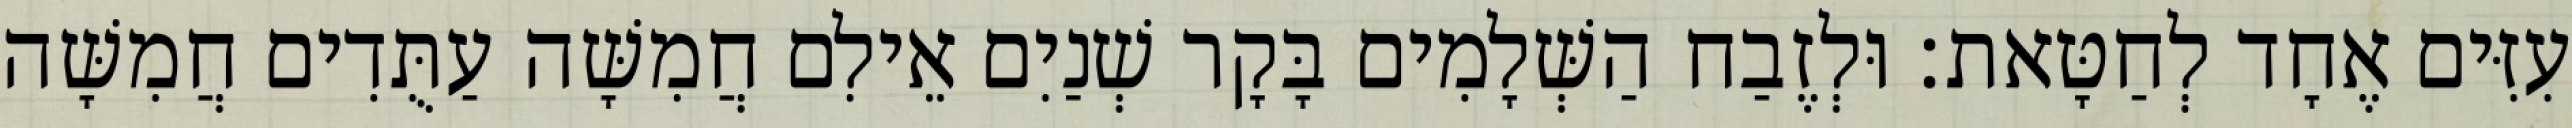
עִזִּים אֶחָד לְחַטָּאת׃ וּלְזֶבַח הַשְּׁלָמִים בָּקָר שְׁנַיִם אֵילִם חֲמִשָּׁה עַתֻּדִים חֲמִשָּׁה